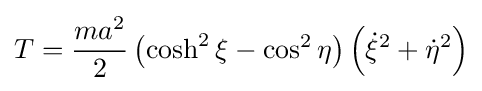
T={\frac {ma^{2}}{2}}\left(\cosh ^{2}\xi -\cos ^{2}\eta \right)\left({\dot {\xi }}^{2}+{\dot {\eta }}^{2}\right)